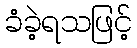
ခံခဲ့ရသဖြင့်